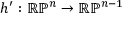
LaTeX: h ^ { \prime } : \mathbb { R P } ^ { n } \to \mathbb { R P } ^ { n - 1 }